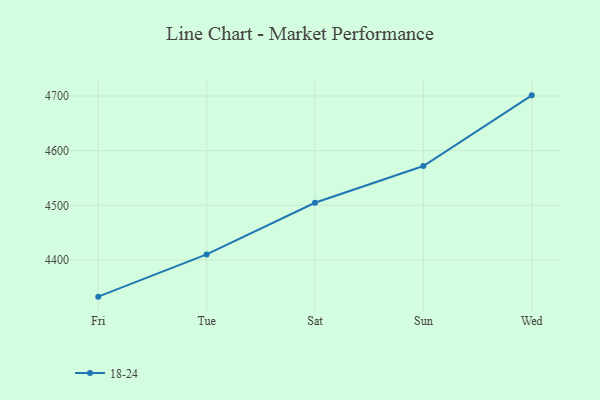
{"axis": {"x": "Day", "y": "Operating Costs (USD K)"}, "legend": ["18-24"], "data": [{"x": "Fri", "y": 4332.9, "type": "18-24"}, {"x": "Tue", "y": 4410.2, "type": "18-24"}, {"x": "Sat", "y": 4504.6, "type": "18-24"}, {"x": "Sun", "y": 4572.0, "type": "18-24"}, {"x": "Wed", "y": 4701.2, "type": "18-24"}]}